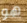
هو